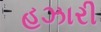
હઝારી